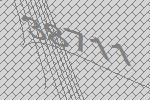
38711